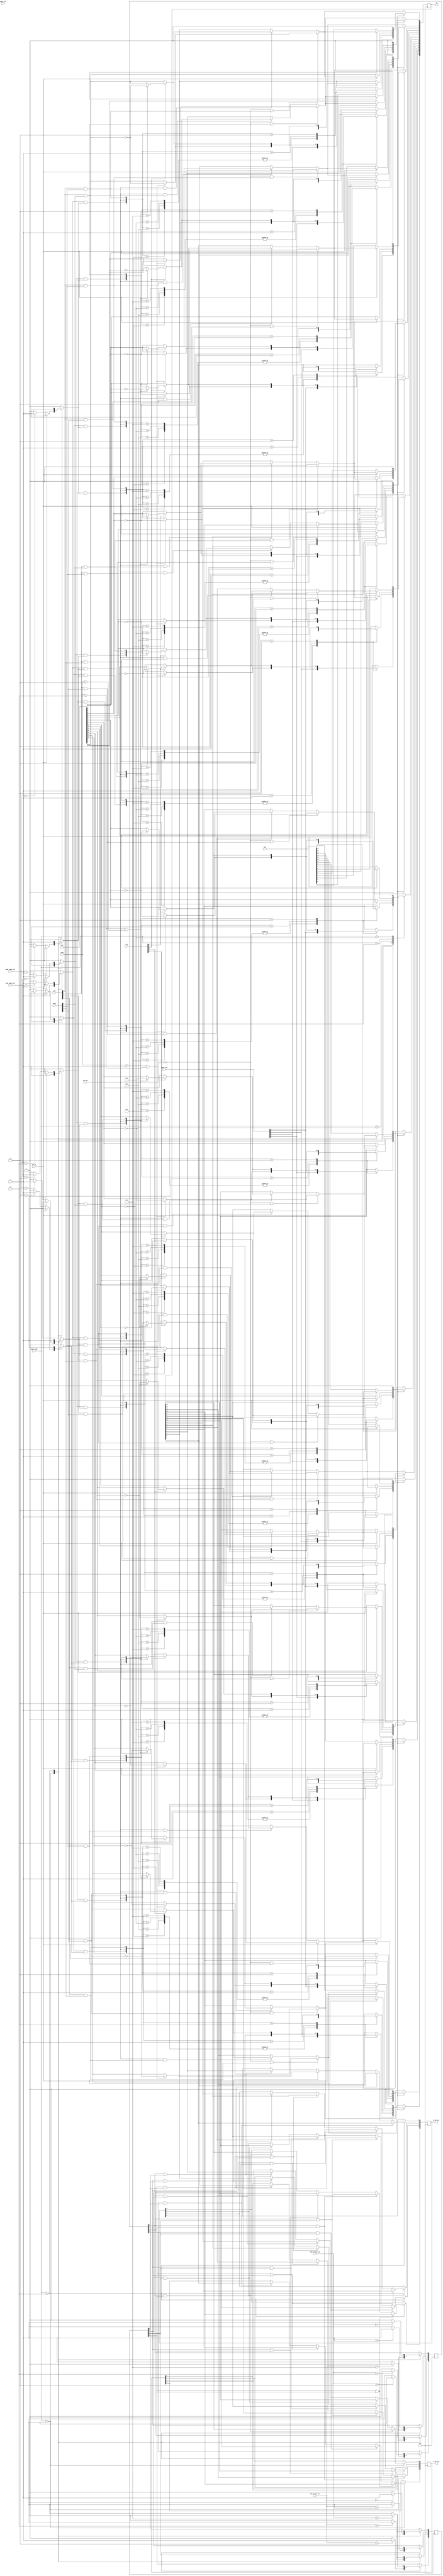
module cell_R
#(
parameter DATA_WIDTH = 4,
parameter DATA_DEPTH = 4,
parameter ADDR_WIDTH_CAM = 8,
parameter RowxRow = 3'd1,
parameter ColxCol = 3'd2,
parameter COPY_B = 3'd3,
parameter COPY_R = 3'd4,
parameter COPY_A = 3'd5,
parameter RST0 = 3'd6
)
(
input wire [ADDR_WIDTH_CAM - 1 : 0]             addr_input_rbr,
input wire [ADDR_WIDTH_CAM - 1 : 0]             addr_input_cbc,
input wire [ADDR_WIDTH_CAM - 1 : 0]             addr_output_rbr,
input wire [ADDR_WIDTH_CAM - 1 : 0]             addr_output_cbc,
input wire [2 : 0]                              input_mode,
input wire [DATA_WIDTH - 1 : 0]                 input_row,
input wire [DATA_DEPTH - 1 : 0]                 input_col,
input wire [DATA_WIDTH * DATA_DEPTH - 1 : 0]    Q_B,
input wire [DATA_WIDTH * DATA_DEPTH - 1 : 0]    Q_A,
input wire [DATA_DEPTH - 1 : 0]                 Q_S,
input wire                                      abs_opt,
input wire                                      rst_In,
input wire [2:0]                                pass,
input wire [DATA_DEPTH - 1 : 0]                 tag,
input wire [DATA_WIDTH - 1 : 0]                 mask,
input wire                                      clk,
output reg [DATA_WIDTH - 1 : 0]                 Q_out_row,
output reg [DATA_DEPTH - 1 : 0]                 Q_out_col,
output reg [DATA_WIDTH * DATA_DEPTH - 1 : 0]    Q
);

reg [DATA_WIDTH - 1: 0] D [0 : DATA_DEPTH - 1];
reg [DATA_DEPTH - 1 : 0] Ie_R;
reg [DATA_WIDTH - 1 : 0] Ie_C;
reg [DATA_WIDTH - 1: 0] Ie [0 : DATA_DEPTH - 1];
reg [DATA_DEPTH - 1 : 0] OutE_R;
reg [DATA_WIDTH - 1 : 0] OutE_C;
reg [DATA_WIDTH - 1: 0] OutE [0 : DATA_DEPTH - 1];

integer i, j;

always @(*) begin
    case (input_mode)
        RowxRow: begin
            for (j = 0; j < DATA_WIDTH; j = j + 1) begin
                Ie_C[j] = 1'b1;
            end
        end
        ColxCol: begin
            for (i = 0; i < DATA_WIDTH; i = i + 1) begin
                if(!rst_In) begin
                    Ie_C[i] = (addr_input_cbc == i)? 1'b1 : 1'b0;
                end
                else begin
                    Ie_C[i] = 1'b0;
                end
            end
        end
        default: begin
            Ie_C = {{DATA_WIDTH}{1'b0}};
        end
    endcase
end

always @(*) begin
    case (input_mode)
        RowxRow: begin
            for (i = 0; i < DATA_DEPTH; i = i + 1) begin
                if(!rst_In) begin
                    Ie_R[i] = (addr_input_rbr == i)? 1'b1 : 1'b0;
                end
                else begin
                    Ie_R[i] = 1'b0;
                end
            end
        end
        ColxCol: begin
            for (j = 0; j < DATA_DEPTH; j = j + 1) begin
                Ie_R[j] = 1'b1;
            end
        end
        default: begin
            Ie_R = {{DATA_DEPTH}{1'b0}};
        end
    endcase
end

always @(*) begin
    for (i = 0; i <= DATA_DEPTH - 1; i = i + 1) begin
        for (j = 0; j <= DATA_WIDTH - 1; j = j + 1) begin
            Ie[i][j] = Ie_C[j] & Ie_R[i];
        end
    end
end

always @(*) begin
    case (input_mode)
        RowxRow: begin
            for (i = 0; i <= DATA_DEPTH - 1; i = i + 1) begin
                for (j = 0; j <= DATA_WIDTH - 1; j = j + 1) begin
                    case({Ie[i][j], abs_opt, (tag[i] & mask[j])})
                        3'b100: D[i][j] = input_row[j];
                        3'b101: D[i][j] = input_row[j];
                        3'b110: D[i][j] = input_row[j];
                        3'b111: D[i][j] = input_row[j];
                        3'b001: begin
                            if ((pass == 1) || (pass == 2)) begin
                                D[i][j] = ~Q_A[i * DATA_WIDTH + j];
                            end
                            else begin
                                D[i][j] = Q_A[i * DATA_WIDTH + j];
                            end
                        end
                        3'b011: begin
                            if(Q_S[i] == 1) begin
                                if ((pass == 2) || (pass == 3)) begin
                                    D[i][j] = ~Q_A[i * DATA_WIDTH + j];
                                end
                                else begin
                                    D[i][j] = Q_A[i * DATA_WIDTH + j];
                                end
                            end
                            else if ((Q_S[i] == 0) || (pass == 1)) begin
                                D[i][j] = Q_A[i * DATA_WIDTH + j];
                            end
                            else begin
                                D[i][j] = Q_A[i * DATA_WIDTH + j];
                            end
                        end
                        default: D[i][j] = Q[i * DATA_WIDTH + j];
                    endcase
                end
            end
        end
        ColxCol: begin
            for (i = 0; i <= DATA_WIDTH - 1; i = i + 1) begin
                for (j = 0; j <= DATA_DEPTH - 1; j = j + 1) begin
                    case({Ie[j][i], abs_opt, (tag[j] & mask[i])})
                    3'b100: D[j][i] = input_col[j];
                    3'b101: D[j][i] = input_col[j];
                    3'b110: D[j][i] = input_col[j];
                    3'b111: D[j][i] = input_col[j];
                    3'b001: begin
                        if ((pass == 1) || (pass == 2)) begin
                            D[j][i] = ~Q_A[j * DATA_WIDTH + i];
                        end
                        else begin
                            D[j][i] = Q_A[j * DATA_WIDTH + i];
                        end
                    end
                    3'b011: begin
                        if(Q_S[j] == 1) begin
                            if ((pass == 2) || (pass == 3)) begin
                                D[j][i] = ~Q_A[j * DATA_WIDTH + i];
                            end
                            else begin
                                D[j][i] = Q_A[j * DATA_WIDTH + i];
                            end
                        end
                        else if ((Q_S[j] == 0) || (pass == 1)) begin
                            D[j][i] = Q_A[j * DATA_WIDTH + i];
                        end
                        else begin
                            D[j][i] = Q_A[j * DATA_WIDTH + i];
                        end
                    end
                    default: D[j][i] = Q[j * DATA_WIDTH + i];
                    endcase
                end
            end
        end
        COPY_A: begin
            for (i = 0; i <= DATA_DEPTH - 1; i = i + 1) begin
                for (j = 0; j <= DATA_WIDTH - 1; j = j + 1) begin
                    if(!rst_In) begin
                        D[i][j] = Q_A[i * DATA_WIDTH + j];
                    end
                    else if(abs_opt == 0 && (tag[i] & mask[j]) == 1) begin
                        if ((pass == 1) || (pass == 2)) begin
                            D[i][j] = ~Q_A[i * DATA_WIDTH + j];
                        end
                        else begin
                            D[i][j] = Q_A[i * DATA_WIDTH + j];
                        end
                    end
                    else if (abs_opt == 1 && (tag[i] & mask[j]) == 1) begin
                        if(Q_S[i] == 1) begin
                            if ((pass == 2) || (pass == 3)) begin
                                D[i][j] = ~Q_A[i * DATA_WIDTH + j];
                            end
                            else begin
                                D[i][j] = Q_A[i * DATA_WIDTH + j];
                            end
                        end
                        else if ((Q_S[i] == 0) || (pass == 1)) begin
                            D[i][j] = Q_A[i * DATA_WIDTH + j];
                        end
                        else begin
                            D[i][j] = Q_A[i * DATA_WIDTH + j];
                        end
                    end
                    else begin
                        D[i][j] = Q[i * DATA_WIDTH + j];
                    end
                end
            end
        end
        COPY_B: begin
            for (i = 0; i <= DATA_DEPTH - 1; i = i + 1) begin
                for (j = 0; j <= DATA_WIDTH - 1; j = j + 1) begin
                    if(!rst_In) begin
                        D[i][j] = Q_B[i * DATA_WIDTH + j];
                    end
                    else if(abs_opt == 0 && (tag[i] & mask[j]) == 1) begin
                        if ((pass == 1) || (pass == 2)) begin
                            D[i][j] = ~Q_A[i * DATA_WIDTH + j];
                        end
                        else begin
                            D[i][j] = Q_A[i * DATA_WIDTH + j];
                        end
                    end
                    else if (abs_opt == 1 && (tag[i] & mask[j]) == 1) begin
                        if(Q_S[i] == 1) begin
                            if ((pass == 2) || (pass == 3)) begin
                                D[i][j] = ~Q_A[i * DATA_WIDTH + j];
                            end 
                            else begin
                                D[i][j] = Q_A[i * DATA_WIDTH + j];
                            end
                        end
                        else if ((Q_S[i] == 0) || (pass == 1)) begin
                            D[i][j] = Q_A[i * DATA_WIDTH + j];
                        end
                        else begin
                            D[i][j] = Q_A[i * DATA_WIDTH + j];
                        end
                    end
                    else begin
                        D[i][j] = Q[i * DATA_WIDTH + j];
                    end
                end
            end
        end
        RST0: begin
            for (i = 0; i <= DATA_DEPTH - 1; i = i + 1) begin
                D[i] = 0;
            end
        end
        default: begin
            for (i = 0; i <= DATA_DEPTH - 1; i = i + 1) begin
                for (j = 0; j <= DATA_WIDTH - 1; j = j + 1) begin
                    if(abs_opt == 0 && (tag[i] & mask[j]) == 1) begin
                        if ((pass == 1) || (pass == 2)) begin
                            D[i][j] = ~Q_A[i * DATA_WIDTH + j];
                        end
                        else begin
                            D[i][j] = Q_A[i * DATA_WIDTH + j];
                        end
                    end
                    else if (abs_opt == 1 && (tag[i] & mask[j]) == 1) begin
                        if(Q_S[i] == 1) begin
                            if ((pass == 2) || (pass == 3)) begin
                                D[i][j] = ~Q_A[i * DATA_WIDTH + j];
                            end
                            else begin
                                D[i][j] = Q_A[i * DATA_WIDTH + j];
                            end
                        end
                        else if ((Q_S[i] == 0) || (pass == 1)) begin
                            D[i][j] = Q_A[i * DATA_WIDTH + j];
                        end
                        else begin
                            D[i][j] = Q_A[i * DATA_WIDTH + j];
                        end
                    end
                    else begin
                        D[i][j] = Q[i * DATA_WIDTH + j];
                    end
                end
            end
        end
    endcase
end
    
always@(posedge clk) begin
    for (i = 0; i <= DATA_DEPTH - 1; i = i + 1) begin
        for (j = 0; j <= DATA_WIDTH - 1; j = j + 1) begin
            Q[i * DATA_WIDTH+j] <= D[i][j];
        end
    end
end

always @(posedge clk) begin
    case (input_mode)
        RowxRow: begin
            if (addr_output_rbr == DATA_DEPTH + 3) begin
                OutE_C <= 0;
            end
            else begin
                for (j = 0; j < DATA_WIDTH; j = j + 1) begin
                    OutE_C[j] <= 1'b1;
                end
            end
        end
        ColxCol: begin
            for (i = 0; i < DATA_WIDTH; i = i + 1)begin
                OutE_C[i] <= (addr_output_cbc==i)?1'b1:1'b0;
            end
        end
        default: ;
    endcase
end

always @(posedge clk) begin
    case (input_mode)
        RowxRow: begin
            for (i = 0; i < DATA_DEPTH; i = i + 1) begin
                OutE_R[i] <= (addr_output_rbr==i)? 1'b1 : 1'b0;
            end
        end
        ColxCol: begin
            if (addr_output_cbc == DATA_WIDTH + 3)
                begin
                    OutE_R <= 0;
                end
            else begin
                for (j = 0; j < DATA_DEPTH; j = j + 1) 
                    OutE_R[j] <= 1'b1;
            end
        end
        default: ;
    endcase
end

always @(*) begin
    for (i = 0; i <= DATA_DEPTH - 1; i = i + 1) begin
        for (j = 0; j <= DATA_WIDTH - 1; j = j + 1) begin
            OutE[i][j] = OutE_C[j] & OutE_R[i];
        end
    end
end

always @(posedge clk) begin
    case (input_mode)
        RowxRow: begin
            for (i = 0; i <= DATA_DEPTH - 1; i = i + 1) begin
                for (j = 0; j <= DATA_WIDTH - 1; j = j + 1) begin
                    if(OutE[i][j]) begin
                        Q_out_row[j] <= Q[i * DATA_WIDTH + j];
                    end
                end
            end
        end
        ColxCol: begin
            for (i = 0; i <= DATA_WIDTH - 1; i = i + 1) begin
                for (j = 0; j <= DATA_DEPTH - 1; j = j + 1) begin
                    if(OutE[j][i]) begin
                        Q_out_col[j] <= Q[j * DATA_WIDTH + i];
                    end
                end
            end
        end
        default: ;
    endcase
end
        
endmodule